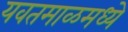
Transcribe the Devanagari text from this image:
यवतमाळमध्ये